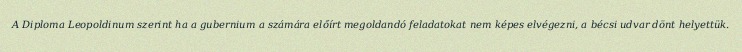
A Diploma Leopoldinum szerint ha a gubernium a számára előírt megoldandó feladatokat nem képes elvégezni, a bécsi udvar dönt helyettük.